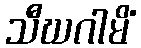
သီဃဂါမိံ